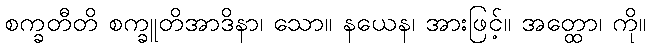
စက္ခတီတိ စက္ခူတိအာဒိနာ၊ သော။ နယေန၊ အားဖြင့်။ အတ္ထော၊ ကို။